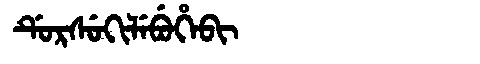
Manchu: ᡩᡠᡵᠰᡠᡴᡳᠯᡝᠪᡠᡥᡝᠪᡳ
Romanization: DURSUKILEBUHEBI